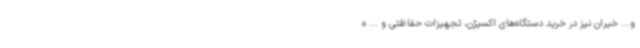
و... خیران نیز در خرید دستگاه‌های اکسیژن‌، تجهیزات حفاظتی و ... ه